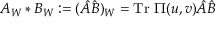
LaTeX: A _ { W } * B _ { W } : = ( \hat { A } \hat { B } ) _ { W } = \mathrm { T r } ~ \Pi ( u , v ) \hat { A } \hat { B }